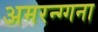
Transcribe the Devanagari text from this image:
अमरन्ग्गना